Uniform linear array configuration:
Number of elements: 24
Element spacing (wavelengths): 0.5
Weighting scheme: cosine
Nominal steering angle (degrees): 45
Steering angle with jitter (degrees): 44.437
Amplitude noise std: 0.05
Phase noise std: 0.05

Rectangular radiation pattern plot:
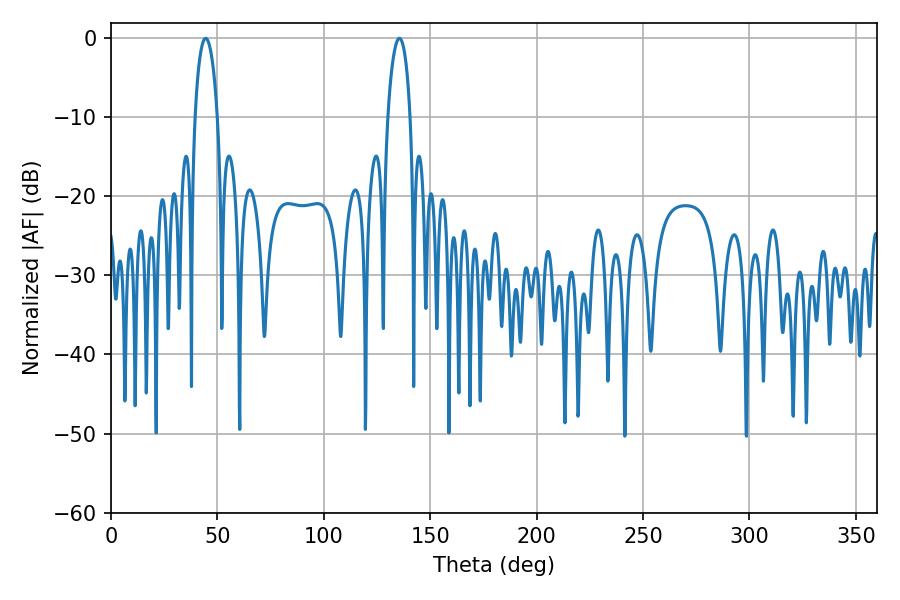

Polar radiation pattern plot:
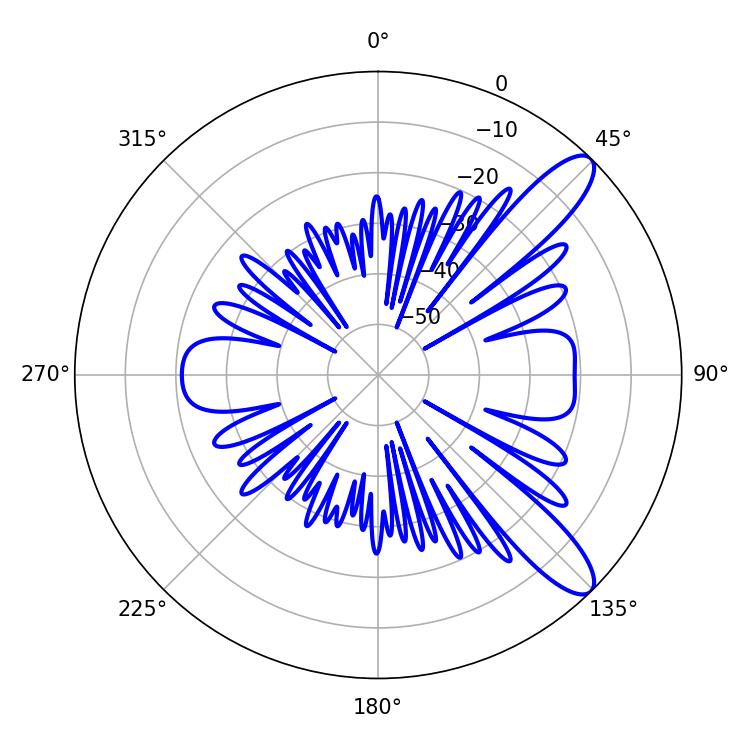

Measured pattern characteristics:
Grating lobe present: FALSE
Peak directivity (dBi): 10.877
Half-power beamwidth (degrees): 5.94
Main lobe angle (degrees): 44.46